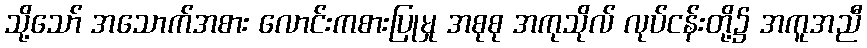
သို့သော် အသောက်အစား လောင်းကစားပြုမှု အစုစု အကုသိုလ် လုပ်ငန်းတို့၌ အကူအညီ